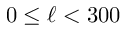
0 \leq \ell < 3 0 0